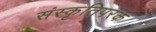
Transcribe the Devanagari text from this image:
संस्कृतिपरक